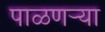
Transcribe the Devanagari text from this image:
पाळणऱ्या